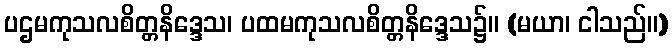
ပဌမကုသလစိတ္တနိဒ္ဒေသ၊ ပထမကုသလစိတ္တနိဒ္ဒေသ၌။ (မယာ၊ ငါသည်။)